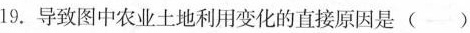
19.导致图中农业土地利用变化的直接原因是 ()